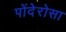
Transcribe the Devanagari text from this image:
पोंदेरोसा